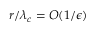
r / \lambda _ { c } = O ( 1 / \epsilon )